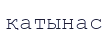
қатынас